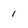
Character: 1